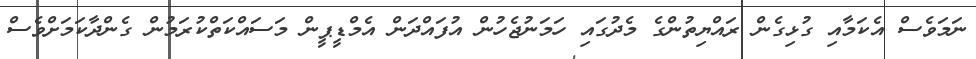
ނަމަވެސް އެކަމާއި ގުޅިގެން ރައްޔިތުންގެ މެދުގައި ހަމަނުޖެހުން އުފައްދަން އެމްޑީޕީން މަސައްކަތްކުރަމުން ގެންދާކަމަށްވެސް